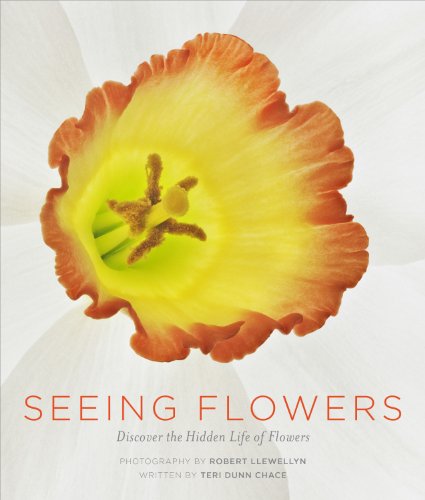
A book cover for Seeing Flowers: Discover the Hidden Life of Flowers; Teri Dunn Chace; Crafts, Hobbies & Home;